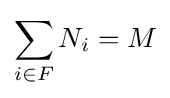
\sum _{i\in F}N_{i}=M